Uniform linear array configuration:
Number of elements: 24
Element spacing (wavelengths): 0.5
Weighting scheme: kaiser
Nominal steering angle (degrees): -45
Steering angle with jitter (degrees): -44.998
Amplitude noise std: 0.05
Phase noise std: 0.05

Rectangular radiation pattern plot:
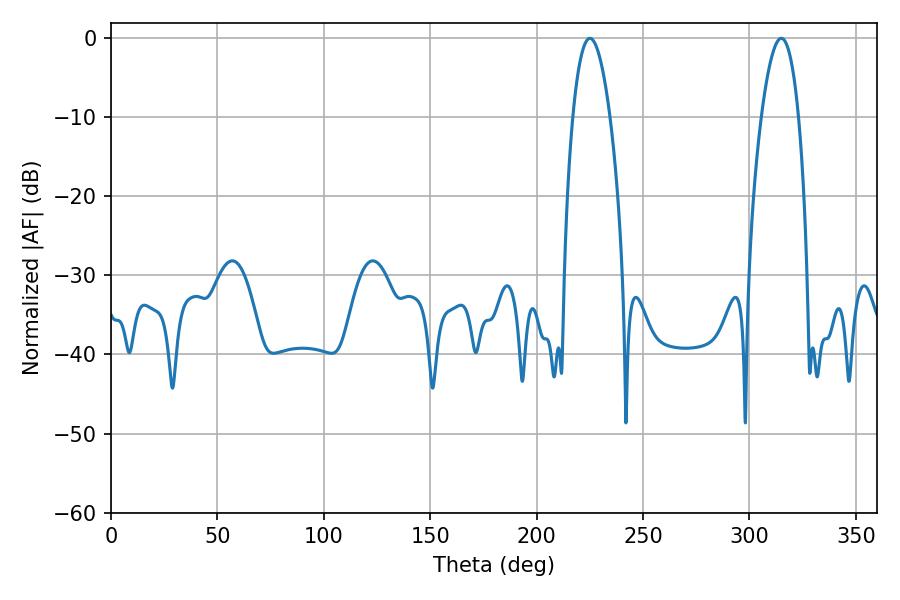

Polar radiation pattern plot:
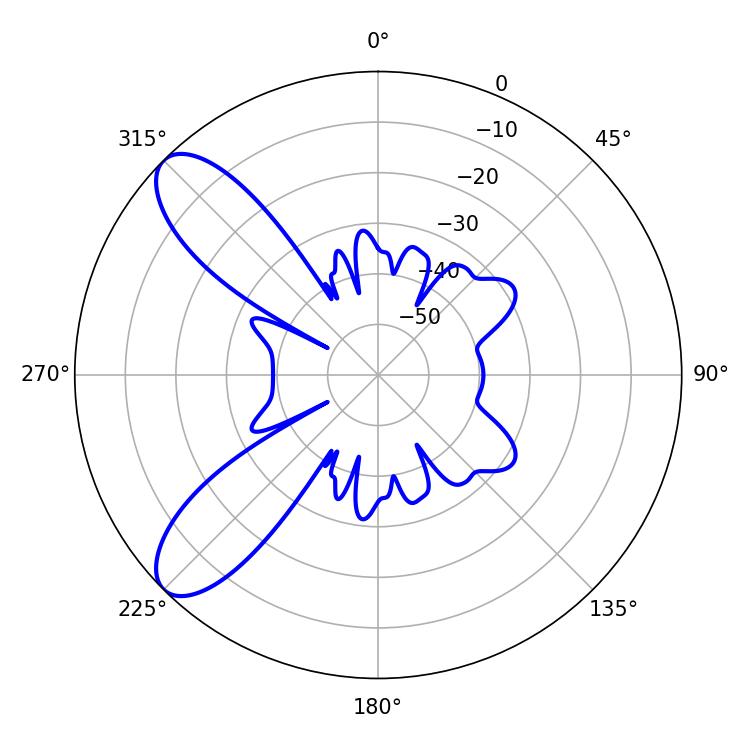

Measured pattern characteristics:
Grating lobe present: FALSE
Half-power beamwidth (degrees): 9.54
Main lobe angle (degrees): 225